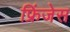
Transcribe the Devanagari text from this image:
फ्रिंजेस